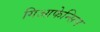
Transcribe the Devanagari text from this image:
गिआफेन्सिन